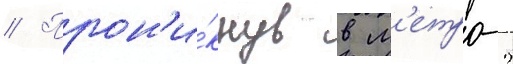
// Прон'и́кнув в м'етро-2